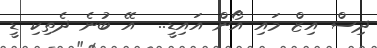
ދިސް އިޒް މައި އޯން އައިޑީ..  އޭ ބުނެ ދެތިކި ޑީ